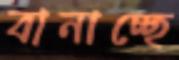
বানাচ্ছে